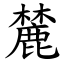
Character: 麓